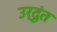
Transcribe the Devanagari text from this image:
उर्दूंत